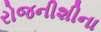
રોજનીશીના